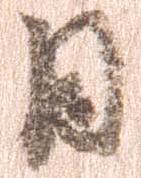
日